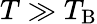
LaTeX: T\gg T_{\mathrm{B}}